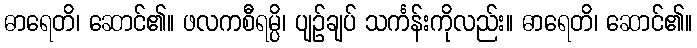
ဓာရေတိ၊ ဆောင်၏။ ဖလကစီရမ္ပိ၊ ပျဉ်ချပ် သင်္ကန်းကိုလည်း။ ဓာရေတိ၊ ဆောင်၏။